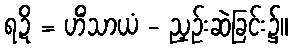
ရဍိ = ဟိံသာယံ - ညှဉ်းဆဲခြင်း၌။